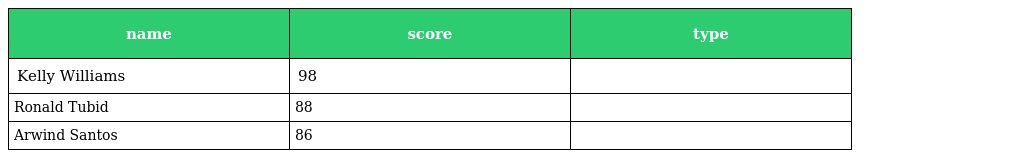
| name | score | type |
 | --- | --- | --- |
 | Kelly Williams | 98 |  |
 | Ronald Tubid | 88 |  |
 | Arwind Santos | 86 |  |